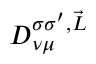
\boldsymbol { D } _ { \nu \mu } ^ { \sigma \sigma ^ { \prime } , \vec { L } }